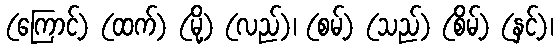
(ကြောင့်) (ထက်) (မို့) (လည်)၊ (စမ့်) (သည်) (စိမ့်) (နှင့်)၊